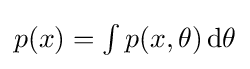
{\textstyle p(x)=\int p(x,\theta )\operatorname {d} \!\theta }